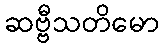
ဆဗ္ဗီသတိမော